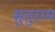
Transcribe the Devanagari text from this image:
सुतुराम